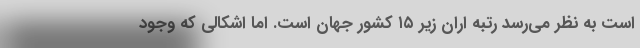
است به نظر می‌رسد رتبه اران زیر ‌۱۵ کشور جهان است. اما اشکالی که وجود